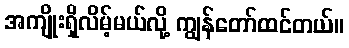
အကျိုးရှိလိမ့်မယ်လို့ ကျွန်တော်ထင်တယ်။